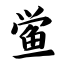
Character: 鲎